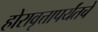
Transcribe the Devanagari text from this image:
होरावृत्तापर्यंतचे